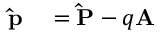
{ \begin{array} { r l } { \mathbf { \hat { p } } } & { { } = \mathbf { \hat { P } } - q \mathbf { A } } \end{array} } \,